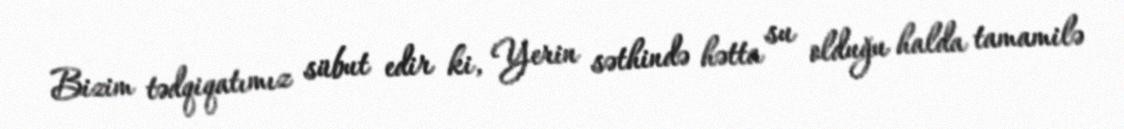
Bizim tədqiqatımız sübut edir ki, Yerin səthində hətta su olduğu halda tamamilə